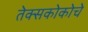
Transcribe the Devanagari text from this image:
तेक्सकोकोचे